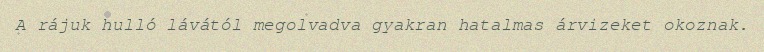
A rájuk hulló lávától megolvadva gyakran hatalmas árvizeket okoznak.